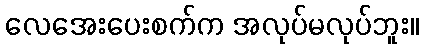
လေအေးပေးစက်က အလုပ်မလုပ်ဘူး။